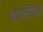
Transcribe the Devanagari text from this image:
बायोमेडिका